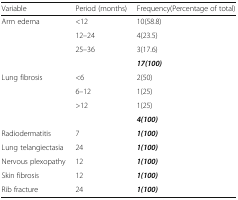
| Variable | Period (months) | Frequency(Percentage of total) |
 | --- | --- | --- |
 | Arm edema | <12 | 10(58.8) |
 |  | 12–24 | 4(23.5) |
 |  | 25–36 | 3(17.6) |
 |  |  | 17(100) |
 | Lung fibrosis | <6 | 2(50) |
 |  | 6–12 | 1(25) |
 |  | >12 | 1(25) |
 |  |  | 4(100) |
 | Radiodermatitis | 7 | 1(100) |
 | Lung telangiectasia | 24 | 1(100) |
 | Nervous plexopathy | 12 | 1(100) |
 | Skin fibrosis | 12 | 1(100) |
 | Rib fracture | 24 | 1(100) |